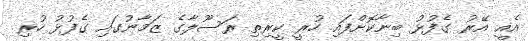
އެއީ އޭރު ގެފުޅު ބިނާކޮށްފައި ހުރީ ކީރިތި ރަސޫލާގެ ޒަމާނުގައި ގެފުޅު ހުރި